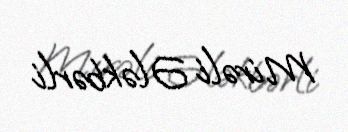
Mirəli Ələkbərli